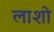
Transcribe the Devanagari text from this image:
लाशो